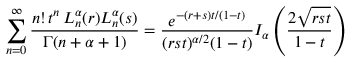
\sum _ { n = 0 } ^ { \infty } \frac { n ! \, t ^ { n } \, L _ { n } ^ { \alpha } ( r ) L _ { n } ^ { \alpha } ( s ) } { \Gamma ( n + \alpha + 1 ) } = \frac { e ^ { - ( r + s ) t / ( 1 - t ) } } { ( r s t ) ^ { \alpha / 2 } ( 1 - t ) } I _ { \alpha } \left( \frac { 2 \sqrt { r s t } } { 1 - t } \right)